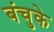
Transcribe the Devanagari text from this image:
बंचुके